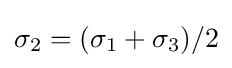
\sigma _{2}=(\sigma _{1}+\sigma _{3})/2